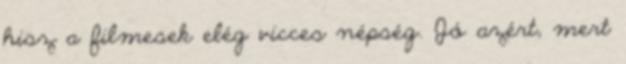
hisz a filmesek elég vicces népség. Jó azért, mert